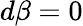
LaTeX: d\beta=0